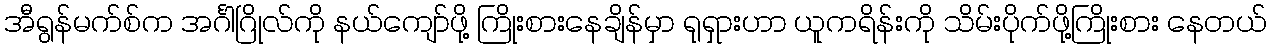
အီရွန်မက်စ်က အင်္ဂါဂြိုလ်ကို နယ်ကျော်ဖို့ ကြိုးစားနေချိန်မှာ ရုရှားဟာ ယူကရိန်းကို သိမ်းပိုက်ဖို့ကြိုးစား နေတယ်